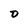
Character: 0